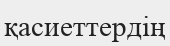
қасиеттердің